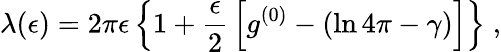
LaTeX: \lambda(\epsilon)=2\pi\epsilon\left\{ 1+\frac{\epsilon}{2}\, \left[g^{(0)}-\left(\ln 4\pi-\gamma\right)\right]\right\} \; ,